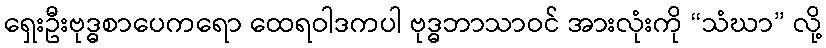
ရှေးဦးဗုဒ္ဓစာပေကရော ထေရဝါဒကပါ ဗုဒ္ဓဘာသာဝင် အားလုံးကို “သံဃာ” လို့